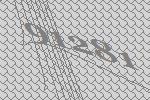
91281